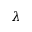
\lambda